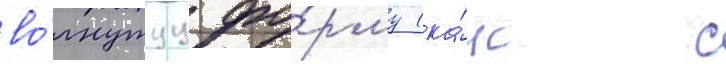
во́гнутуу фо́рму (ка́к с